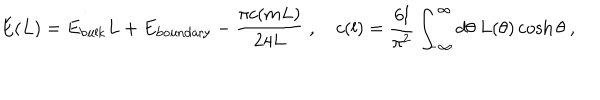
LaTeX: E ( L ) = E _ { \mathrm { b u l k } } L + E _ { \mathrm { b o u n d a r y } } - \frac { \pi c ( m L ) } { 2 4 L } \; , \quad c ( l ) = \frac { 6 l } { \pi ^ { 2 } } \int _ { - \infty } ^ { \infty } d \theta \: L ( \theta ) \cosh \theta \ ,